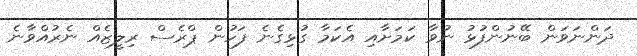
ދަންނަވަން ބޭނުންފުޅު ނުވާ ކަމަށާއި އެކަމާ ގުޅިގެނެ ފަހުން ޕްރެސް ރިލީޒެއް ނެރުއްވާނެ